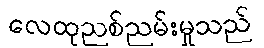
လေထုညစ်ညမ်းမှုသည်